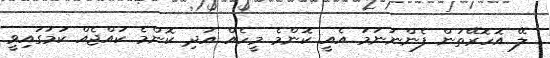
ލޭ އޮހޮރޭތަން ފެންނަނަމަ އެއީ ކޮންމެ މީހެއް އަދި ކޮންމެ ކުއްޖެއް ކަމުގައިވީ